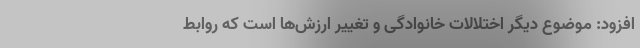
افزود: موضوع دیگر اختلالات خانوادگی و تغییر ارزش‌ها است که روابط